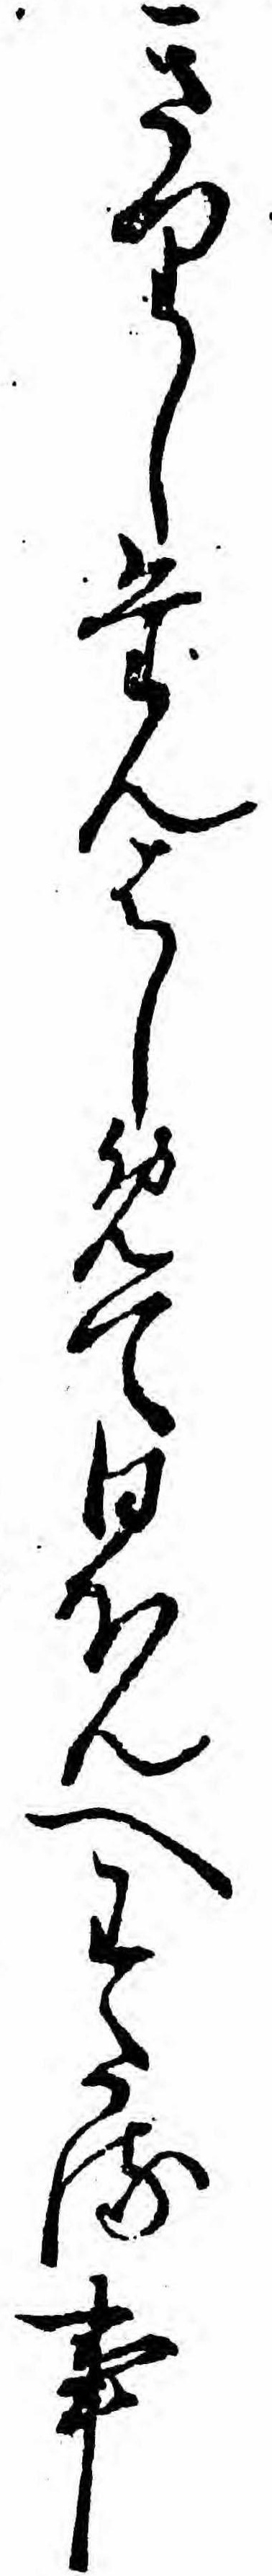
きりしたんはしめて日ほんへわたる事